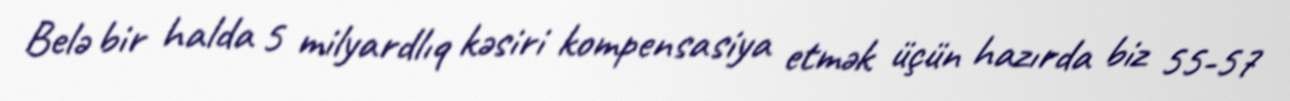
Belə bir halda 5 milyardlıq kəsiri kompensasiya etmək üçün hazırda biz 55-57